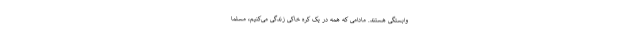
وابستگی هستند. مادامی که همه در یک کره خاکی زندگی می‌کنیم، مسلماً